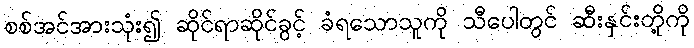
စစ်အင်အားသုံး၍ ဆိုင်ရာဆိုင်ခွင့် ခံရသောသူကို သီပေါတွင် ဆီးနှင်းတို့ကို